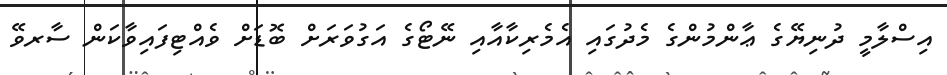
އިސްލާމީ ދުނިޔޭގެ ޢާންމުންގެ މެދުގައި އެމެރިކާއާއި ނޭޓޯގެ އަގުވަރަށް ބޮޑަށް ވެއްޓިފައިވާކަން ސާރވޭ